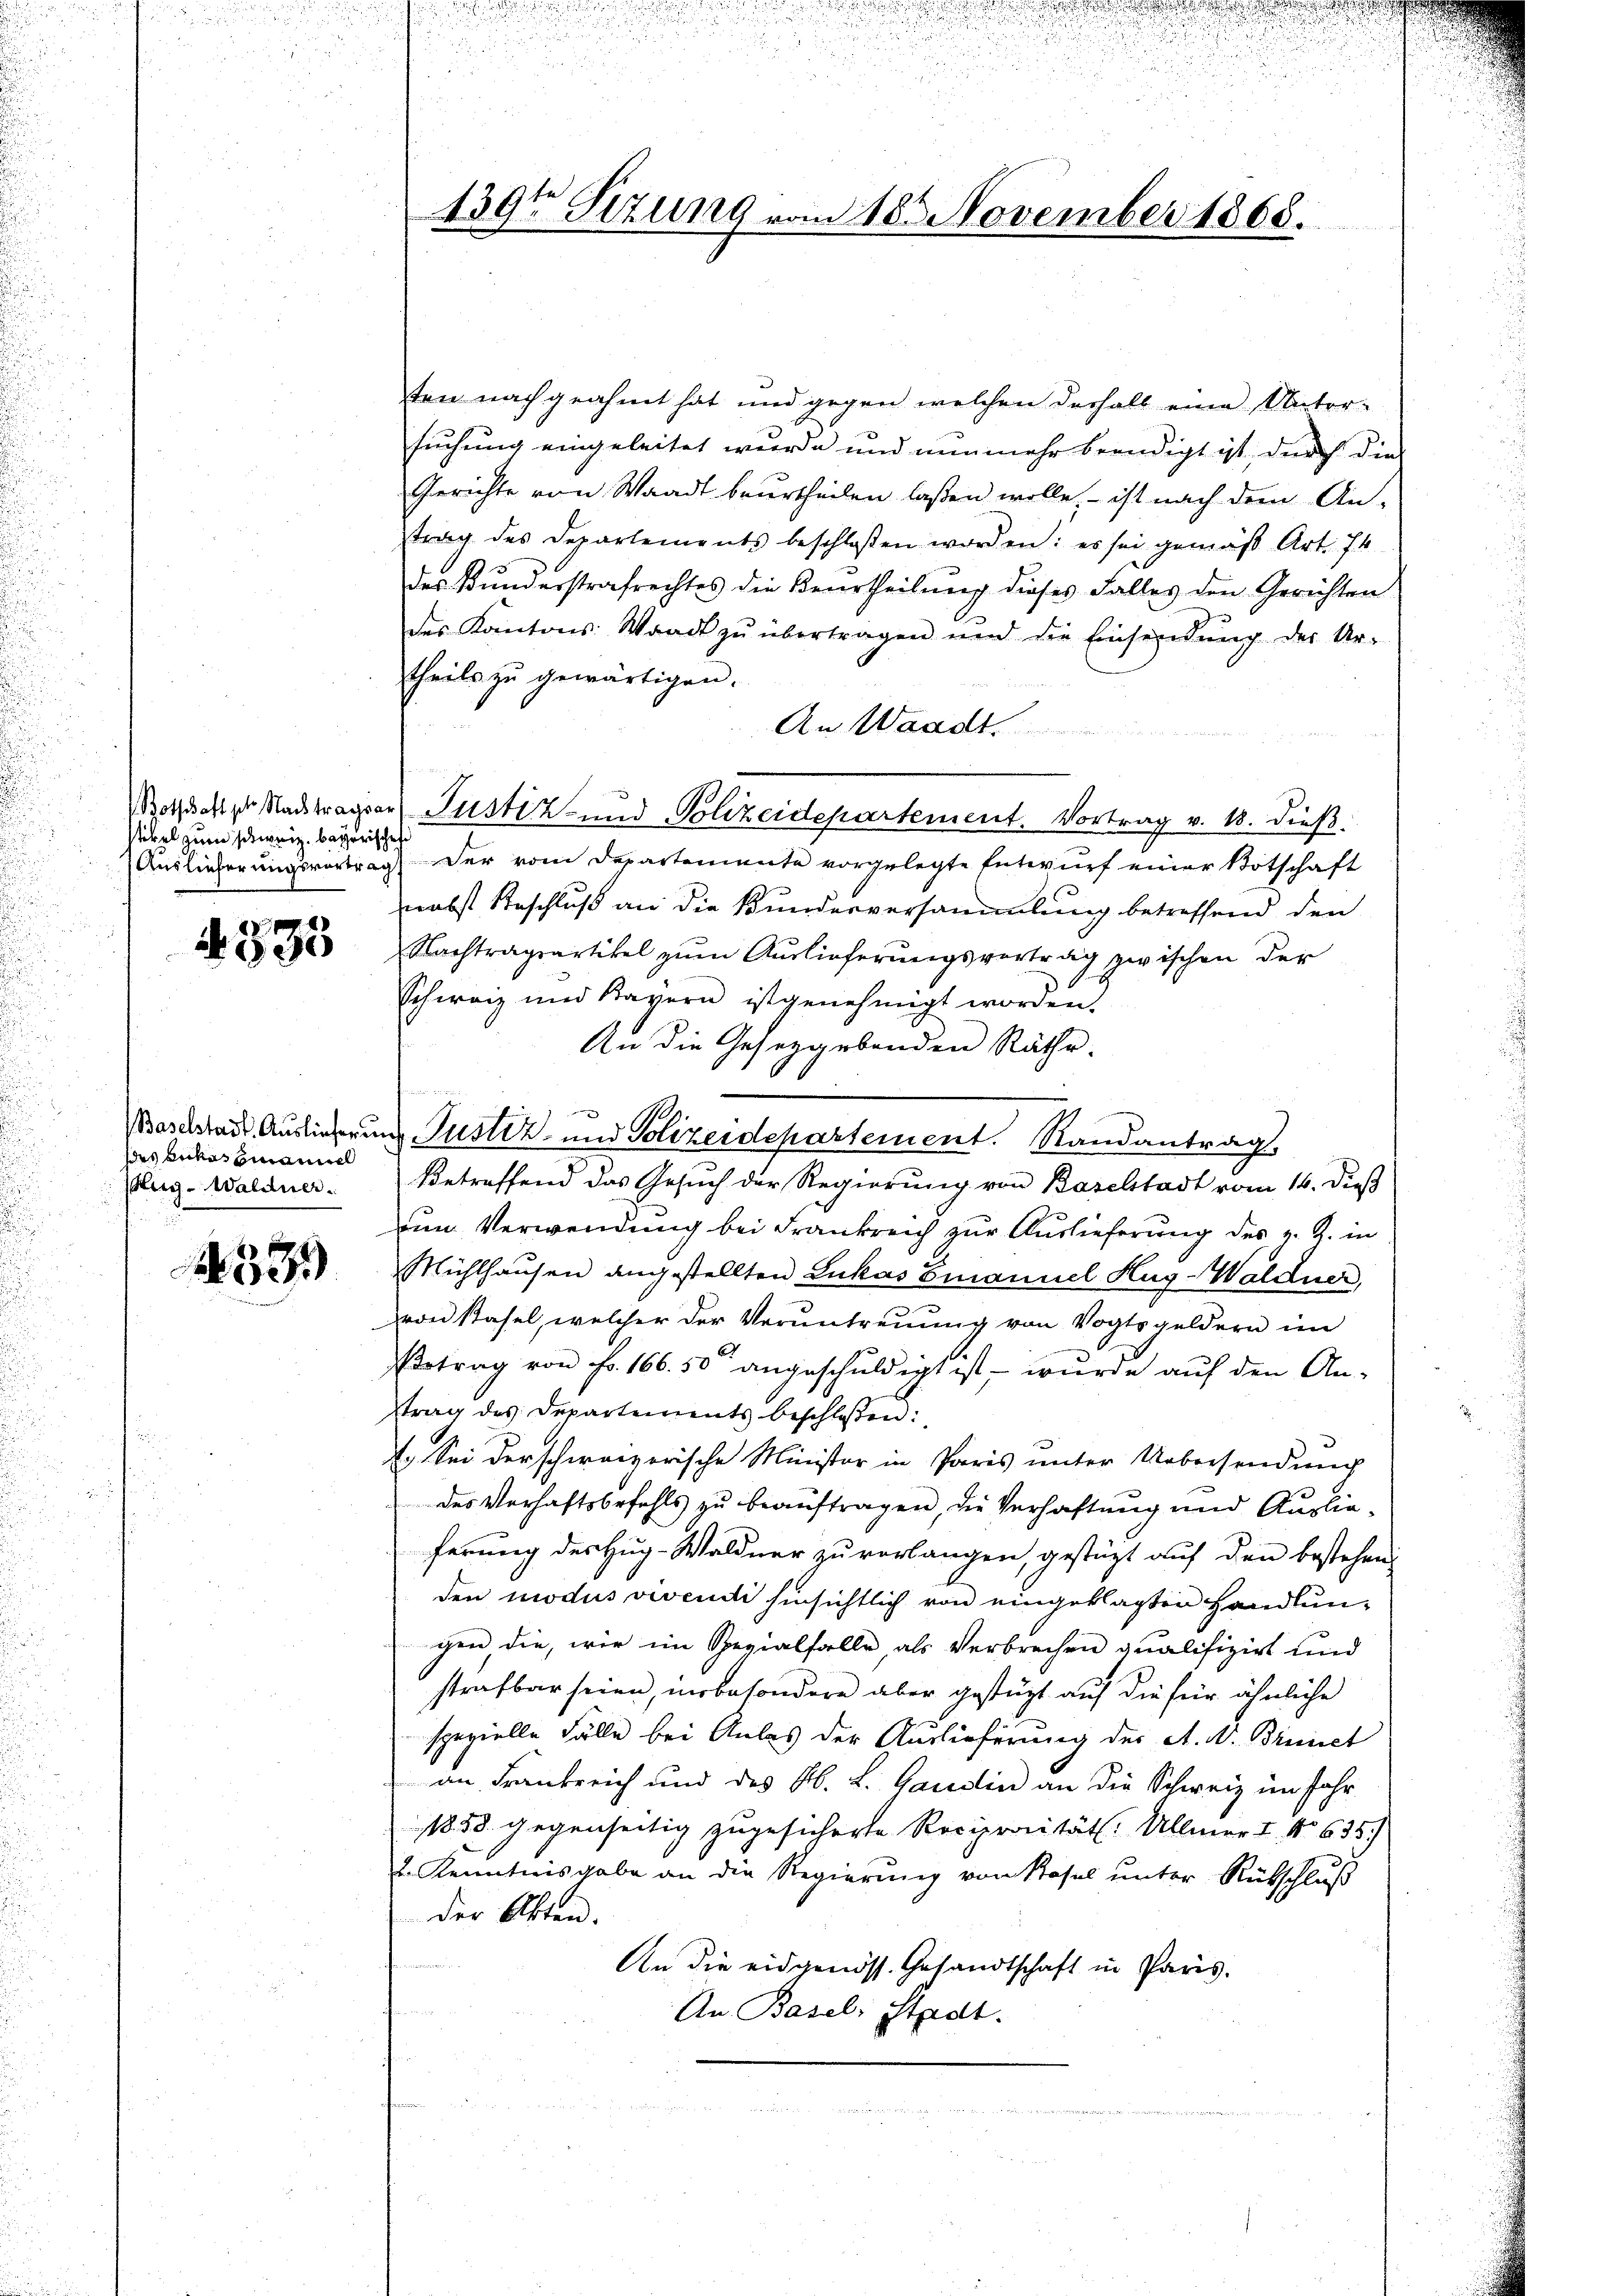
ikel zum schweiz. bayerischen

4333

des Brkassmanne
Aug-Waldner.

59)

ten nachgeahnt hat und gegen welchen deshalb eine Unter-
suchung eingeleitet wurde und nunmehr beendigt ist durch die
Gerichte von Waadt beurtheilen laßen wolle, – ist nach dem An-
trag des Departements beschlossen worden: es sei gemäβ Art. 74
des Bunderstrafrechtes die Beurtheilung dieses Falles den Gerichten
des Kantons Waadt zŭ übertragen und die Einsendŭng der Ur-
theils zu gewärtigen.
An Waadt.
Wothafter Nachtrager Justiz- und Polizeidepartement. Vortrag v. 18. dieß.
Auslieferungsvortrag der vom Departemente vorgelegte Entwurf einer Botschaft
nebst Beschluß an die Kundesversammlung betreffend den
Nachtragsartikel zum Auslieferungsvertrag zwischen der
Schweiz und Kayern ist genehmigt worden.
An die Gesetzgebenden Räthe.
lg ge
Baselstadt Auslieferung Justiz- und Polizeidepartement. Randantrag,
Betreffend das Gesuch der Regierung von Baselstadt vom 16. dieß
um Verwendung bei Frankreich zur Auslieferung des z. Z. in
Mühlhausen angestellten Lukas Emanuel Hug-Waldner
von Stahel, welcher der Veruntreuung von Vogtsgeldern im
Betrag von Fr. 166. 50 angeschuldigt ist, – wurde auf den An-
strag des Departements beschlossen:
1. Sei derschwarzerische Minister in Paris unter Uebersendung
des Verhaftsbefehls zu beauftragen, die Verhaftung und Auslieferung des Hug-Waldner zu verlangen, gestützt auf den bestehen,
den modus vivendi hinsichtlich von eingeklagten Handlungen die, wir im Spezialfalle, als Verbrechen qualifizirt und
strafbar seien, insbesondere aber gestüzt auf die für ähnliche
spezielle Fälle bei Anlas der Auslieferung der A. A. Brinet
an Frankreich und des Ab. L. Gantin an die Schweiz im Jahr
18. 33. gegenseitig zugesicherte Reciprocität. Ullmer I. No 635.
2. Kenntnisgabe an die Regierung von Rasel unter Rütschluß
der Akten.
An die eidgenöss. Gesandtschaft in Paris.
s
An Basel, Stadt.

139te Stzung vom 18. November 1865.